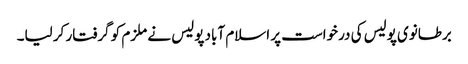
برطانوی پولیس کی درخواست پر اسلام آباد پولیس نے ملزم کو گرفتار کر لیا۔